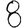
Digit: 8